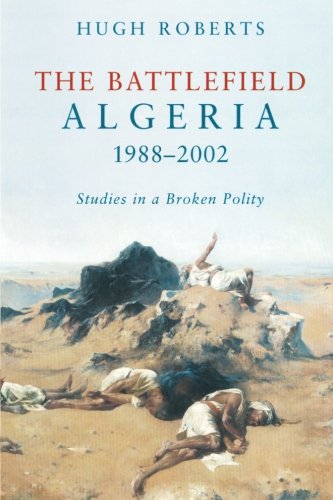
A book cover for The Battlefield: Algeria 1988-2002: Studies in a Broken Polity; Hugh Roberts; History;